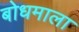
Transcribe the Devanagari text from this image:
बोधमाला